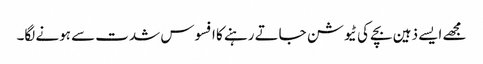
مجھے ایسے ذہین بچے کی ٹیوشن جاتے رہنے کا افسوس شدت سے ہونے لگا۔